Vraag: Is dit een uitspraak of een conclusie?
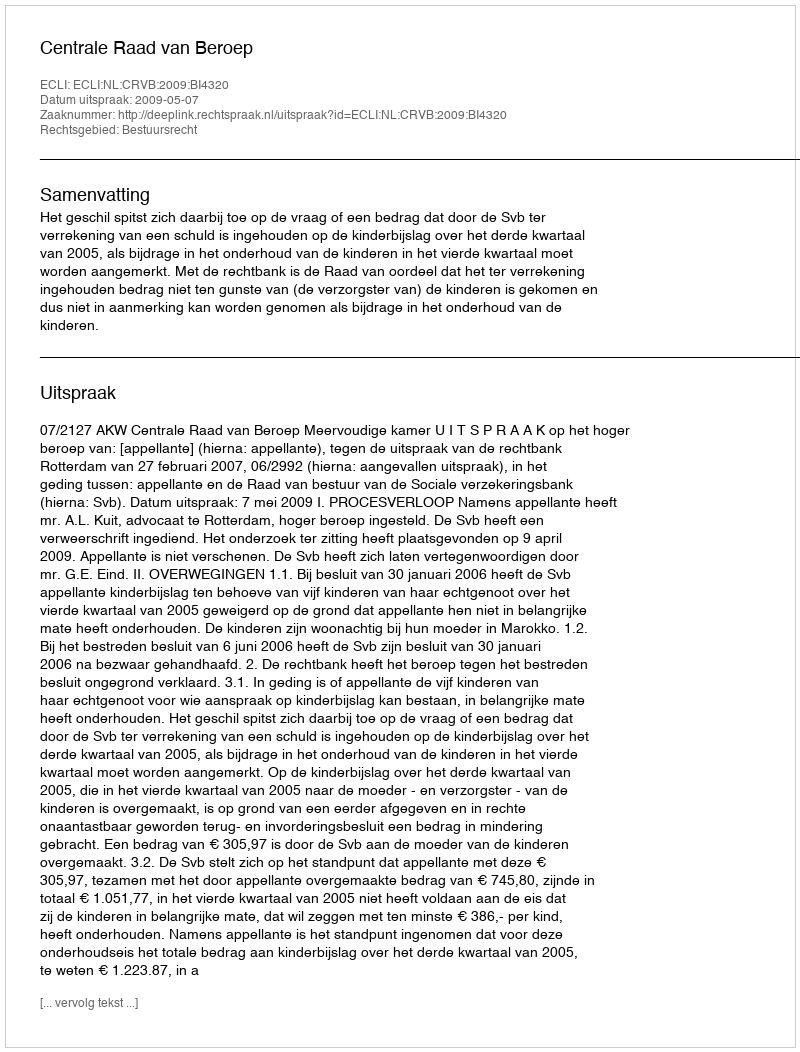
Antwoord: Uitspraak